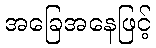
အခြေအနေဖြင့်